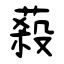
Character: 蔱